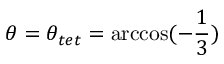
\theta = \theta _ { t e t } = \operatorname { a r c c o s } ( - \frac { 1 } { 3 } )